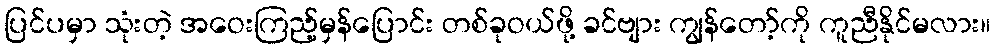
ပြင်ပမှာ သုံးတဲ့ အဝေးကြည့်မှန်ပြောင်း တစ်ခုဝယ်ဖို့ ခင်ဗျား ကျွန်တော့်ကို ကူညီနိုင်မလား။